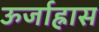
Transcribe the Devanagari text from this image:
ऊर्जाह्रास